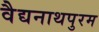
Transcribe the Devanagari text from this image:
वैद्यनाथपुरम